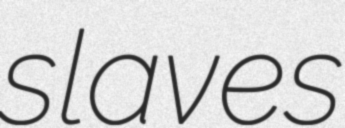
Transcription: slaves